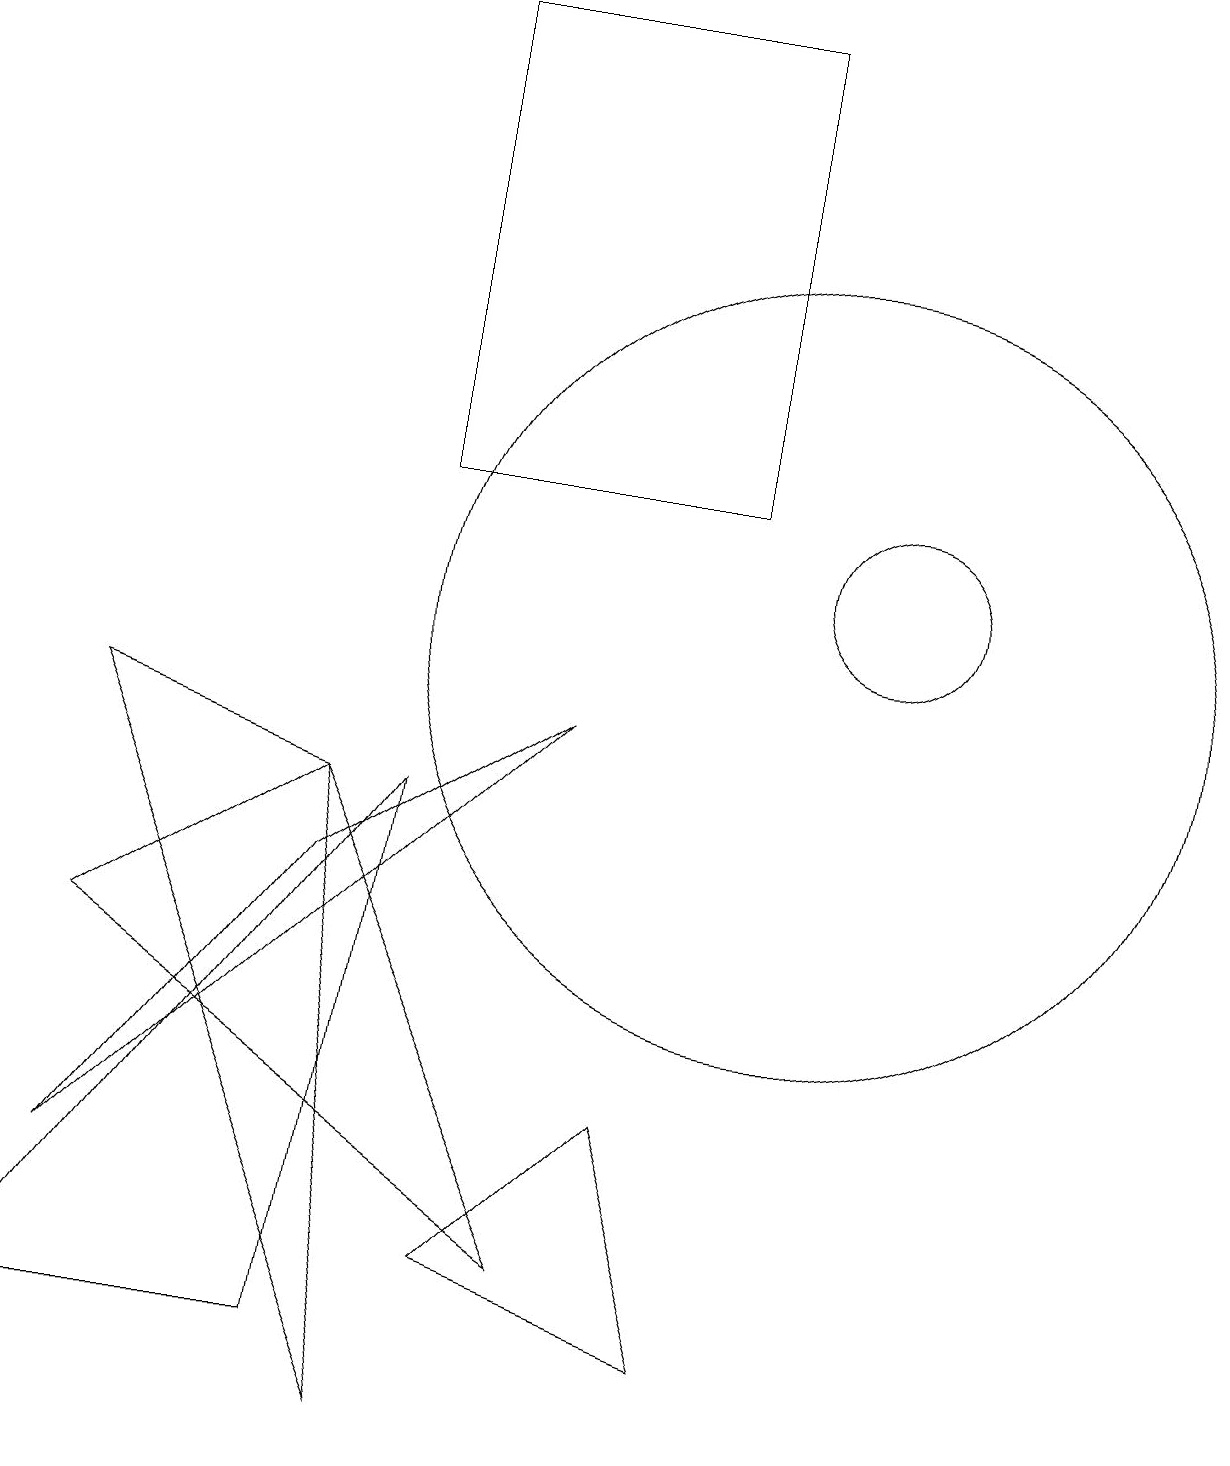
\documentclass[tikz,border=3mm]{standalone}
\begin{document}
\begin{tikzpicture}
\draw (10,10) circle (5);
\draw (5,0) -- (4,8) -- (1,9) -- cycle;
\draw (7,9) -- (4,7) -- (1,3) -- cycle;
\draw (4,1) -- (0,1) -- (5,8) -- cycle;
\draw (9,18) rectangle (5,12);
\draw (8,4) -- (6,2) -- (9,1) -- cycle;
\draw (4,8) -- (1,6) -- (7,2) -- cycle;
\draw (11,11) circle (1);
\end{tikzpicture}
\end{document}